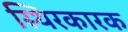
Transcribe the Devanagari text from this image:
स्थिरकारक